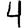
Digit: 4